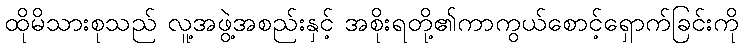
ထိုမိသားစုသည် လူ့အဖွဲ့အစည်းနှင့် အစိုးရတို့၏ကာကွယ်စောင့်ရှောက်ခြင်းကို